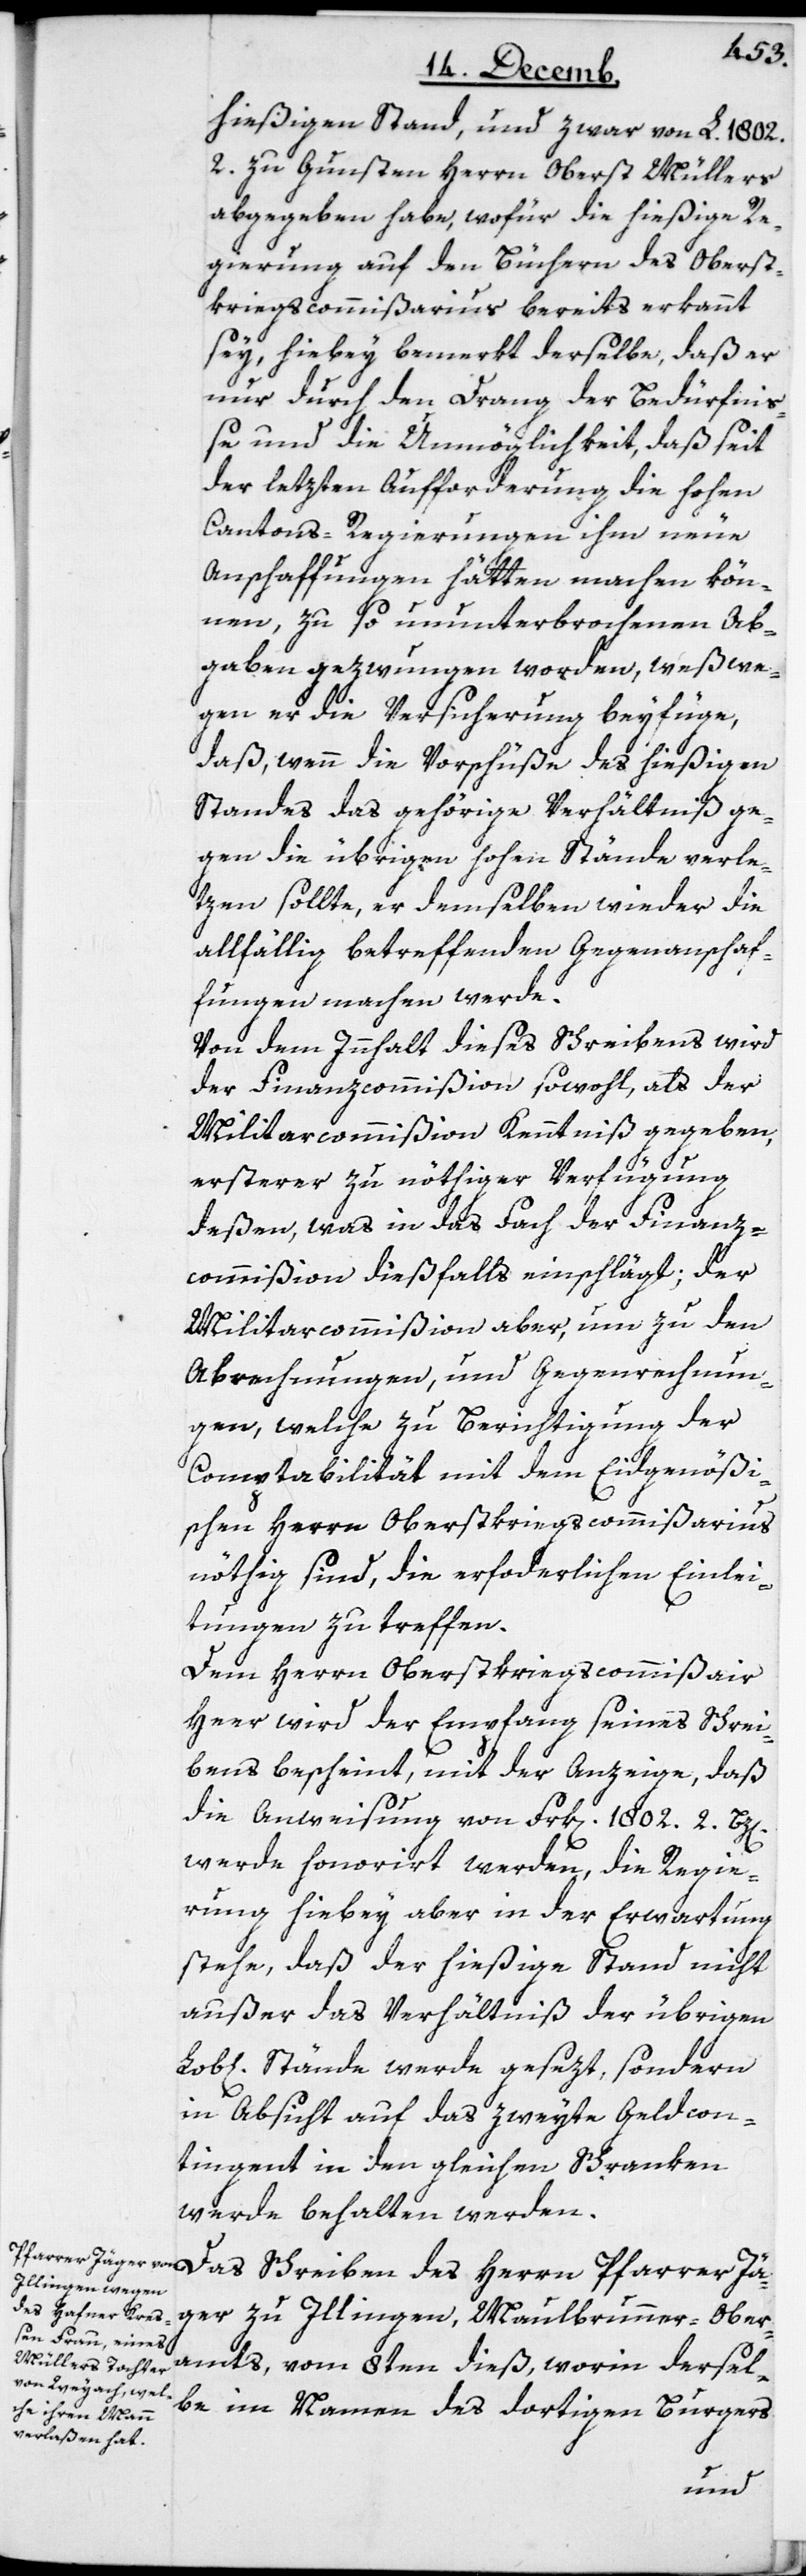
hießigen Stand, und zwar von L. 1802.2.
zu Gunsten Herrn Oberst Müllers
abgegeben habe, wofür die hießige Re¬
gierung auf den Büchern des Oberst¬
kriegscommißarius bereits erkannt
sey, hiebey bemerkt derselbe, daß er
nur durch den Drang der Bedürfni¬
ße und die Unmöglichkeit, daß seit
der letzten Aufforderung die hohen
Cantons-Regierungen ihm neue
Anschaffungen hätten machen kön¬
nen, zu so ununterbrochenen Ab¬
gaben gezwungen worden, weßwe¬
gen er die Versicherung beyfüge,
daß wenn die Vorschüße des hießigen
Standes das gehörige Verhältniß ge¬
gen die übrigen hohen Stände verle¬
tzen sollte, er demselben wieder die
allfällig betreffenden Gegenanschaf¬
fungen machen werde.
Von dem Innhalt dieses Schreibens wird
der Finanzcommißion sowohl, als der
Militarcommißion Kenntniß gegeben,
ersterer zu nöthiger Verfügung
deßen, was in das Fach der Finanz¬
commißion dießfalls einschlägt; der
Militarcommißion aber, um zu den
Abrechnungen, und Gegenrechnun¬
gen, welche zu Berichtigung der
Comptabilität mit dem Eidgenößi¬
schen Herrn Oberstkriegscommißarius
nöthig sind, die erforderlichen Einlei¬
tungen zu treffen.
Dem Herrn Oberstkriegscommißair
Heer wird der Empfang seines Schrei¬
bens bescheint, mit der Anzeige, daß
die Anweisung von Frk[en]. 1802. 2. Bz[en].
werde honorirt werden, die Regie¬
rung hiebey aber in der Erwartung
stehe, daß der hießige Stand nicht
außer das Verhältniß der übrigen
Stände werde gesetzt, sondern
in Absicht auf das zweyte Geldcon¬
tingent in den gleichen Schranken
werde behalten werden.
Jäger zu Illingen, Maulbrunner-Ober¬
amts, vom 8ten dieß, worin dersel¬
be im Namen des dortigen Burgers